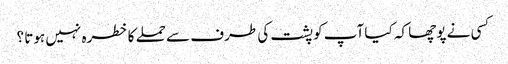
کسی نے پوچھا کہ کیا آپ کو پشت کی طرف سے حملے کا خطرہ نہیں ہوتا ؟